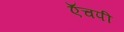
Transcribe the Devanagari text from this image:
ऍचपी